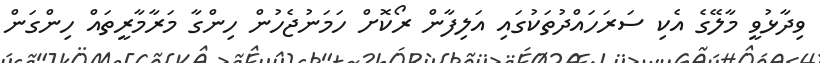
ވިދާޅުވީ މާލޭގެ އެކި ސަރަހައްދުތަކުގައި އަލިފާން ރޯކޮށް ހަމަނުޖެހުން ހިންގާ މަރާމާރީތައް ހިންގަން